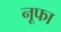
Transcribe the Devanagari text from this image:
नूफा